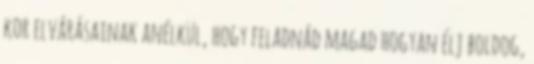
kor elvárásainak anélkül, hogy feladnád magad hogyan élj boldog,